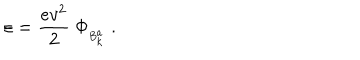
LaTeX: \varepsilon = \frac { e v ^ { 2 } } { 2 } \ \Phi _ { { } _ { B _ { k } ^ { a } } } \ .